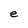
Character: e